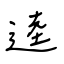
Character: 逵